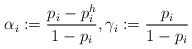
\begin{align*} \alpha_i:=\frac{p_i-p_i^h}{1-p_i}, \gamma_i:=\frac{p_i}{1-p_i} \end{align*}